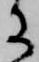
に